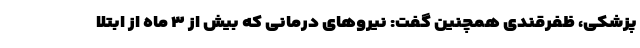
پزشکی، ظفرقندی همچنین گفت: نیروهای درمانی که بیش از ۳ ماه از ابتلا